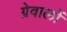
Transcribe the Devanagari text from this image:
ग्रेवालों